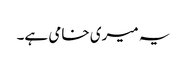
یہ میری خامی ہے۔